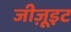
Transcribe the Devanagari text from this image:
जीज़ूइट